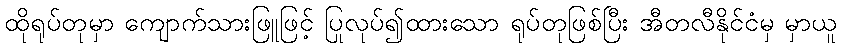
ထိုရုပ်တုမှာ ကျောက်သားဖြူဖြင့် ပြုလုပ်၍ထားသော ရုပ်တုဖြစ်ပြီး အီတလီနိုင်ငံမှ မှာယူ